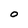
Character: O